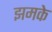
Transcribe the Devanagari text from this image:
झमके